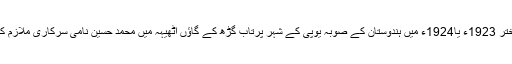
مولاناشاہ حکیم محمد اختر 1923ء یا1924ء میں ہندوستان کے صوبہ یوپی کے شہر پرتاب گڑھ کے گاؤں اٹھیہہ میں محمد حسین نامی سرکاری ملازم کے گھر میں پیدا ہوئے۔